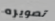
تصويره